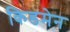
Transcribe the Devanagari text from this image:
किडमेन